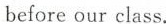
before our class.